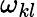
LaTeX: \omega_{kl}